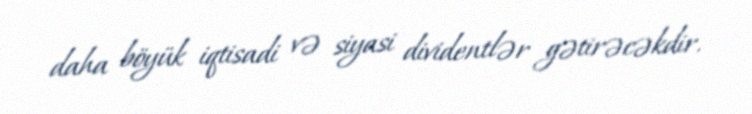
daha böyük iqtisadi və siyasi dividentlər gətirəcəkdir.